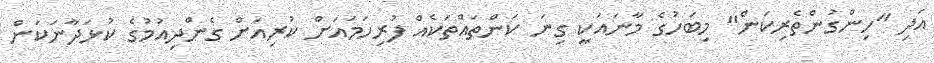
އަދި "ހިންގުންތެރިކަން" މިބަހުގެ މާނައަކީ ގިނަ ކަންތައްތަކެއް ފުރިހަމައަށް ކުރިއަށް ގެންދިއުމުގެ ކުޅަދާނަކަން